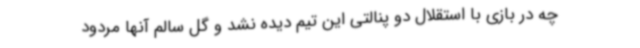
چه در بازی با استقلال دو پنالتی این تیم دیده نشد و گل سالم آنها مردود